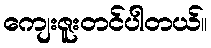
ကျေးဇူးတင်ပါတယ်။